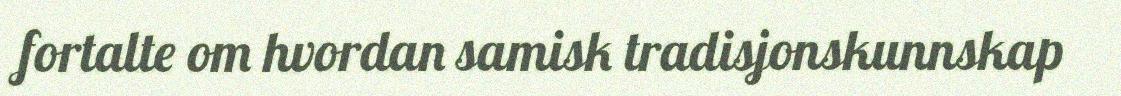
fortalte om hvordan samisk tradisjonskunnskap